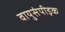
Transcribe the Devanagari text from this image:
वायुसंपीड़क